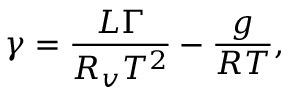
\gamma = \frac { L \Gamma } { R _ { v } T ^ { 2 } } - \frac { g } { R T } ,